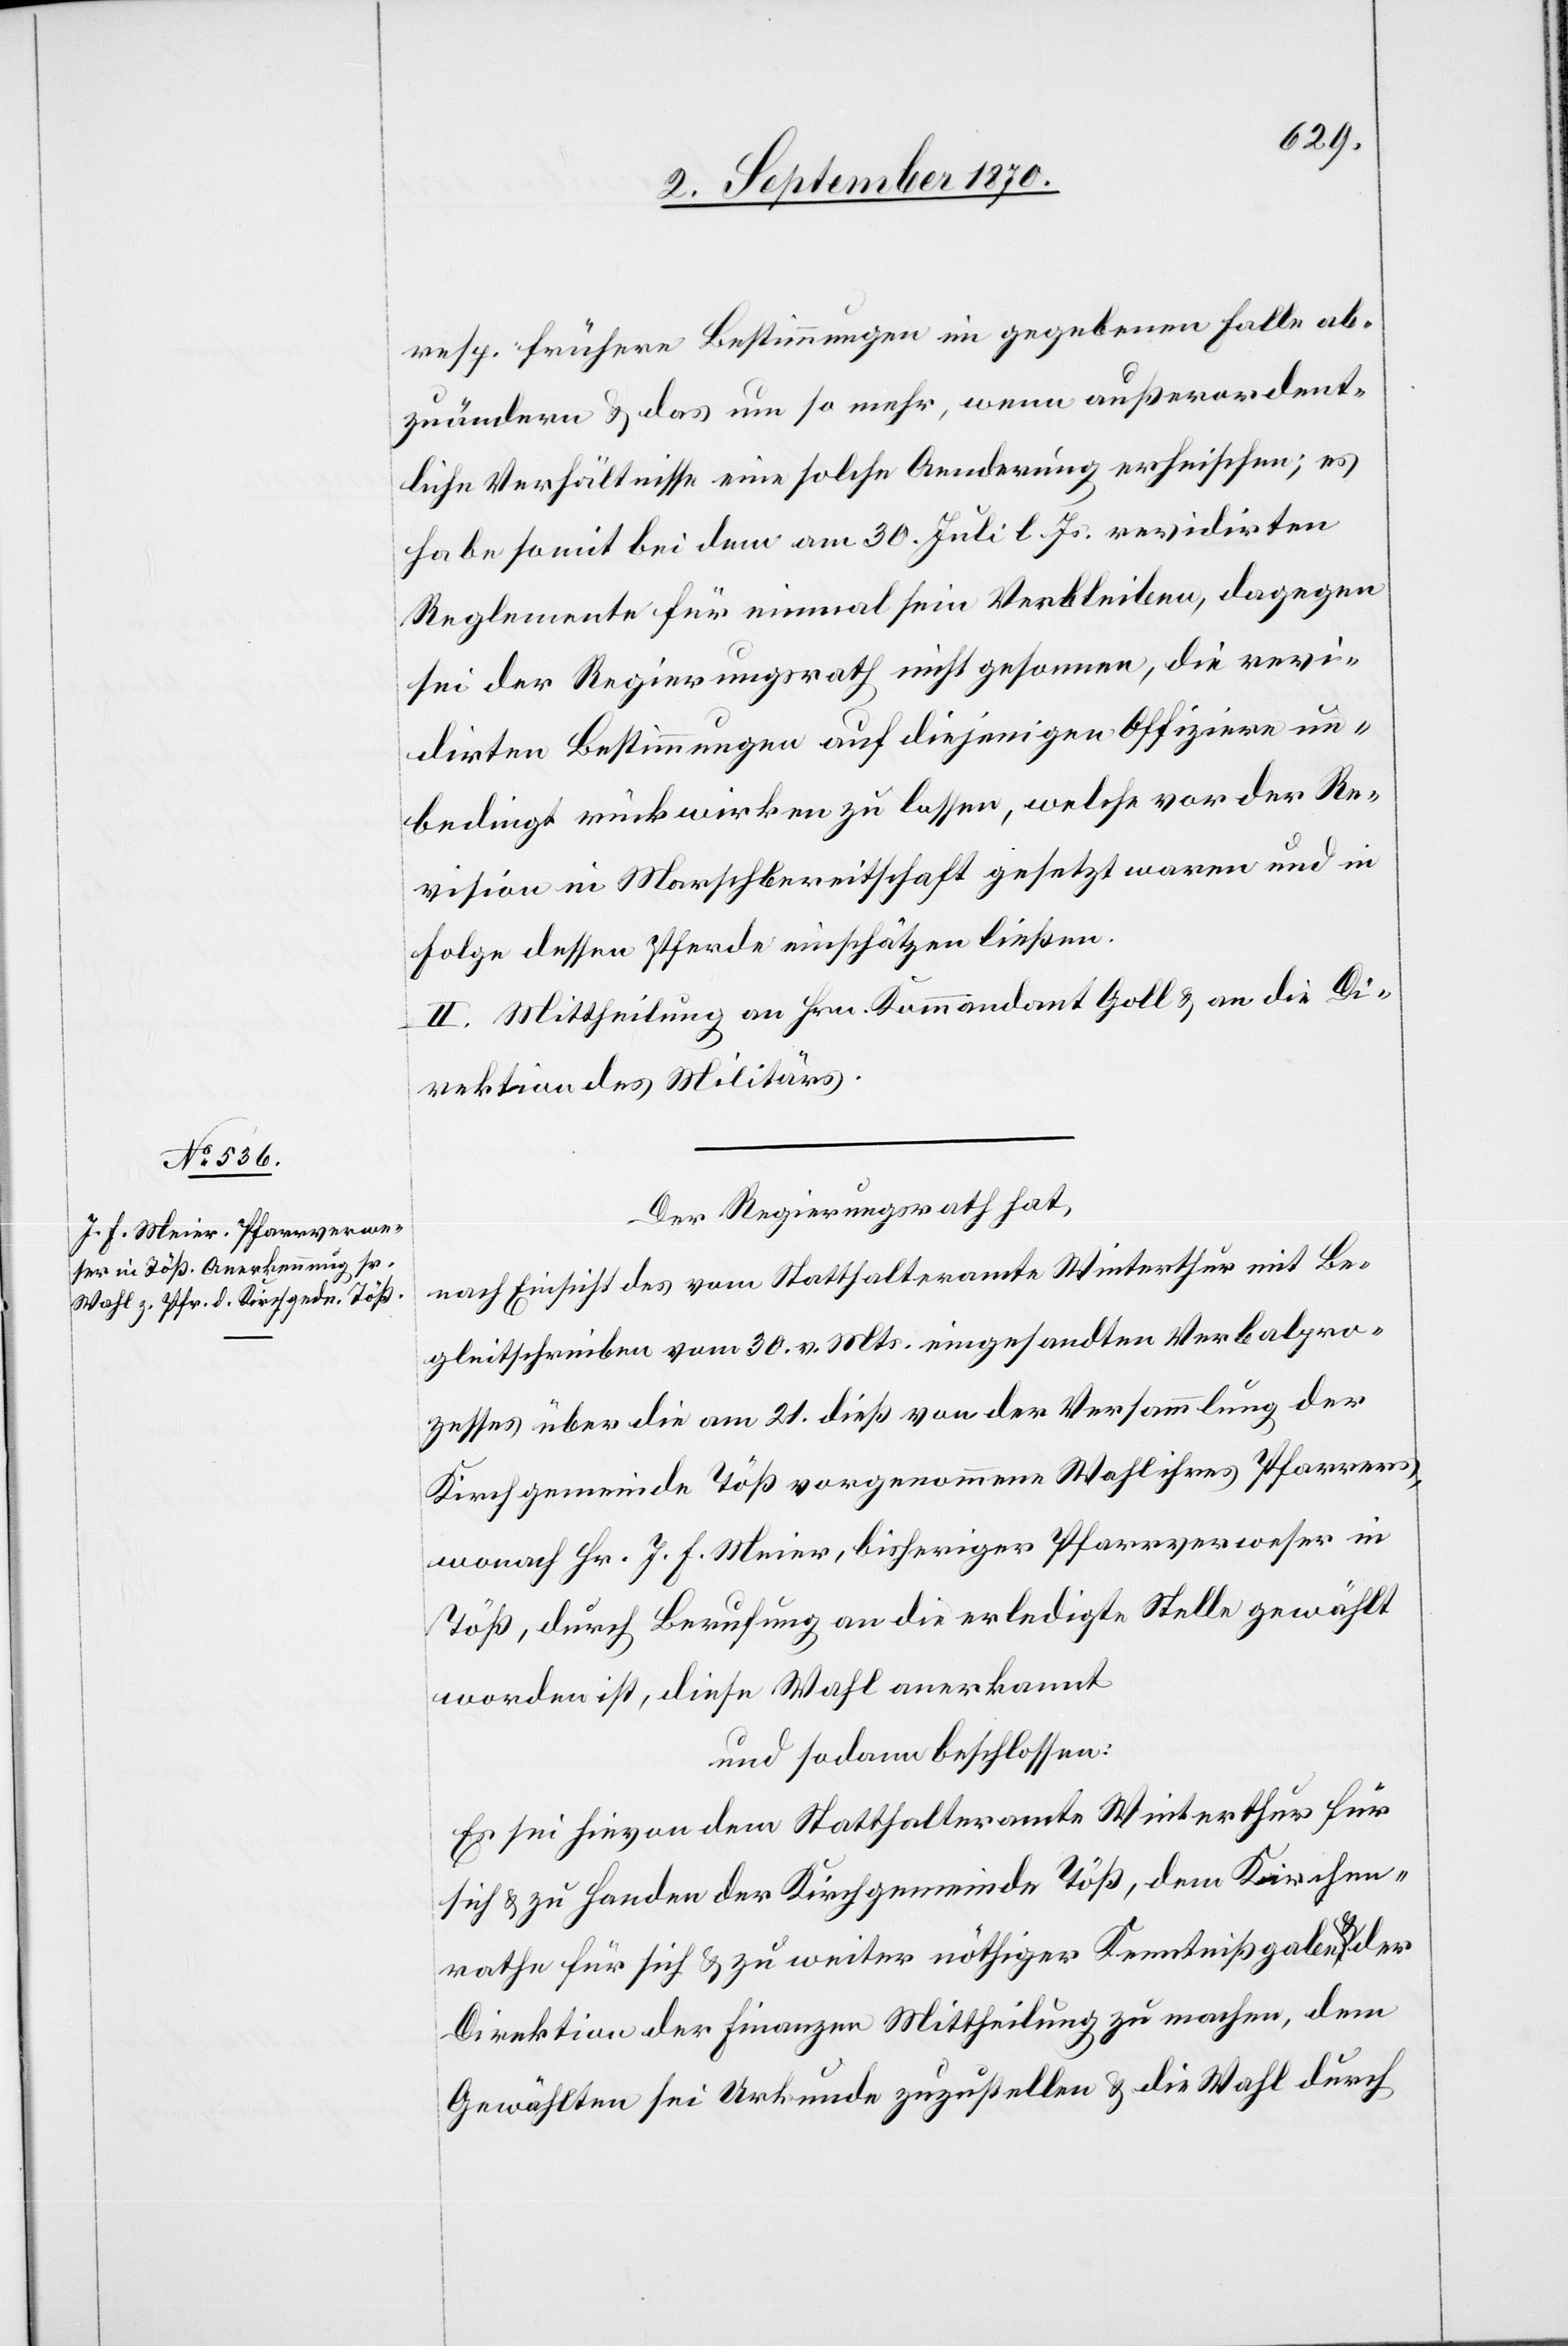
resp. frühere Bestimmungen im gegebenen Falle ab¬
zuändern & das um so mehr, wenn außerordent¬
liche Verhältnisse eine solche Aenderung erheischen; es
habe somit bei dem am 30. Juli l. Js. revidirten
Reglemente für einmal sein Verbleiben, dagegen
sei der Regierungsrath nicht gesonnen, die revi¬
dirten Bestimmungen auf diejenigen Offiziere un¬
bedingt rückwirken zu lassen, welche vor der Re¬
vision in Marschbereitschaft gesetzt waren und in
Folge dessen Pferde einschätzen ließen.
II. Mittheilung an Hrn. Kommandant Goll & an die Di¬
rektion des Militärs.
Der Regierungsrath hat,
nach Einsicht des vom Statthalteramte Winterthur mit Be¬
gleitschreiben vom 30. v. Mts. eingesandten Verbalpro¬
zesses über die am 21. dieß von der Versammlung der
Kirchgemeinde Töß vorgenommene Wahl ihres Pfarrers,
wonach Hr. J. F. Meier, bisheriger Pfarrverweser in
Töß, durch Berufung an die erledigte Stelle gewählt
worden ist, diese Wahl anerkannt
und sodann beschlossen:
Es sei hievon dem Statthalteramte Winterthur für
sich & zu Handen der Kirchgemeinde Töß, dem Kirchen¬
rathe für sich & zu weiter nöthiger Kenntnißgabe & der
Direktion der Finanzen Mittheilung zu machen, dem
Gewählten sei Urkunde zuzustellen & die Wahl durch